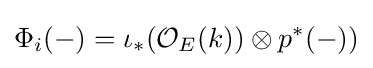
\Phi _{i}(-)=\iota _{*}({\mathcal {O}}_{E}(k))\otimes p^{*}(-))